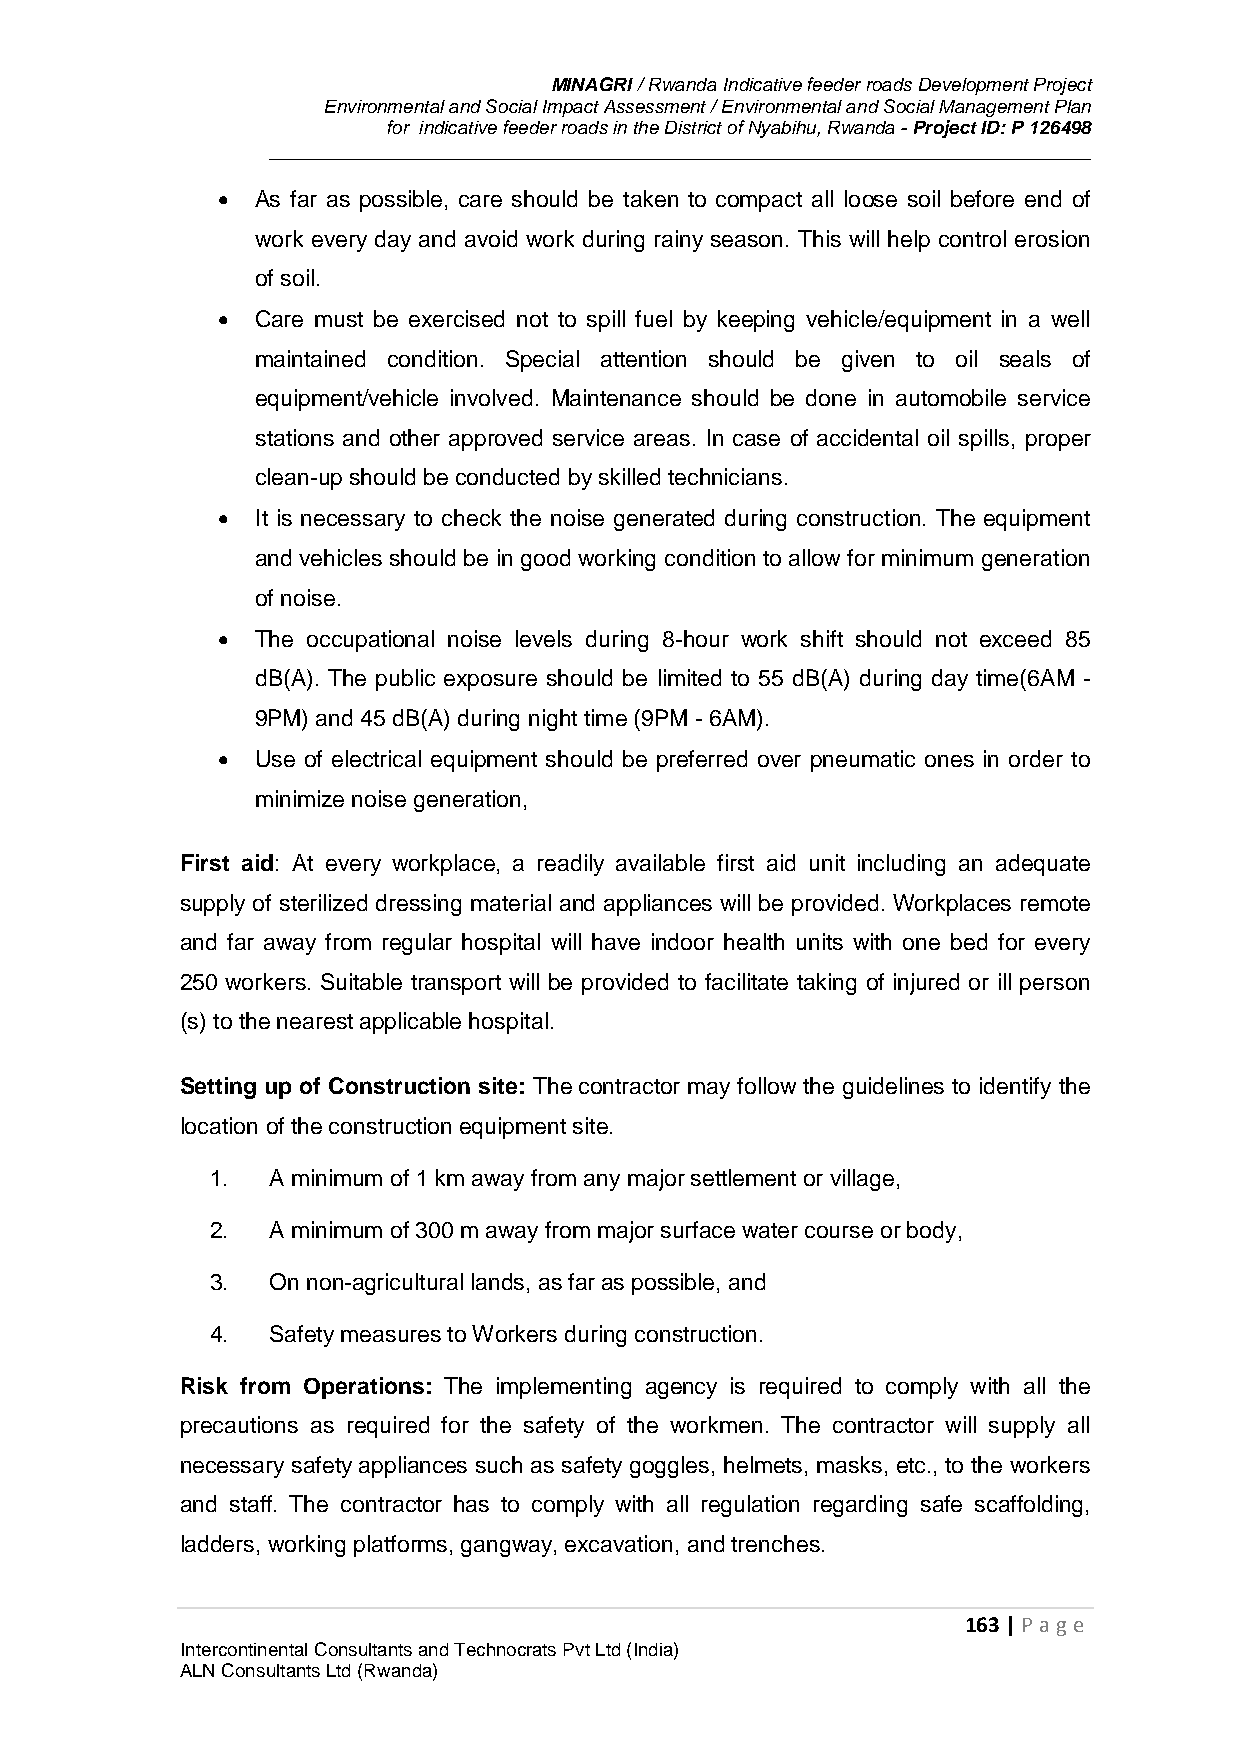
MINAGRI / Rwanda Indicative feeder roads Development Project
 Environmental and Social Impact Assessment / Environmental and Social Management Plan
 for indicative feeder roads in the District of Nyabihu, Rwanda - Project ID: P 126498
   As far as possible, care should be taken to compact all loose soil before end of
 work every day and avoid work during rainy season. This will help control erosion
 of soil.
   Care must be exercised not to spill fuel by keeping vehicle/equipment in a well
 maintained condition. Special attention should be given to oil seals of
 equipment/vehicle involved. Maintenance should be done in automobile service
 stations and other approved service areas. In case of accidental oil spills, proper
 clean-up should be conducted by skilled technicians.
   It is necessary to check the noise generated during construction. The equipment
 and vehicles should be in good working condition to allow for minimum generation
 of noise.
   The occupational noise levels during 8-hour work shift should not exceed 85
 dB(A). The public exposure should be limited to 55 dB(A) during day time(6AM -
 9PM) and 45 dB(A) during night time (9PM - 6AM).
   Use of electrical equipment should be preferred over pneumatic ones in order to
 minimize noise generation,
 First aid: At every workplace, a readily available first aid unit including an adequate
 supply of sterilized dressing material and appliances will be provided. Workplaces remote
 and far away from regular hospital will have indoor health units with one bed for every
 250 workers. Suitable transport will be provided to facilitate taking of injured or ill person
 (s) to the nearest applicable hospital.
 Setting up of Construction site: The contractor may follow the guidelines to identify the
 location of the construction equipment site.
 1.  A minimum of 1 km away from any major settlement or village,
 2.  A minimum of 300 m away from major surface water course or body,
 3.  On non-agricultural lands, as far as possible, and
 4.  Safety measures to Workers during construction.
 Risk from Operations: The implementing agency is required to comply with all the
 precautions as required for the safety of the workmen. The contractor will supply all
 necessary safety appliances such as safety goggles, helmets, masks, etc., to the workers
 and staff. The contractor has to comply with all regulation regarding safe scaffolding,
 ladders, working platforms, gangway, excavation, and trenches.
 163 | P age
 Intercontinental Consultants and Technocrats Pvt Ltd (India)
 ALN Consultants Ltd (Rwanda)